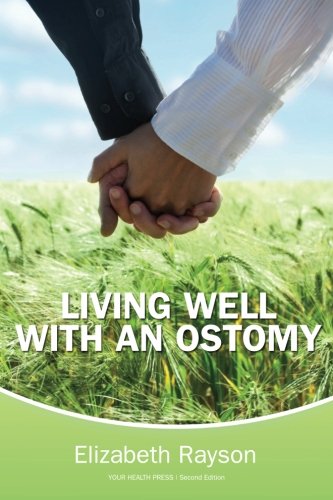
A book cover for Living Well With an Ostomy; Elizabeth Rayson; Health, Fitness & Dieting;